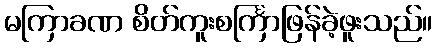
မကြာခဏ စိတ်ကူးစင်္ကြာဖြန်ခဲ့ဖူးသည်။